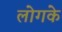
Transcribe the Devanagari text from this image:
लोगके